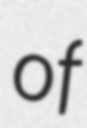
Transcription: of